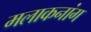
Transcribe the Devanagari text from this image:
मलाकनांग